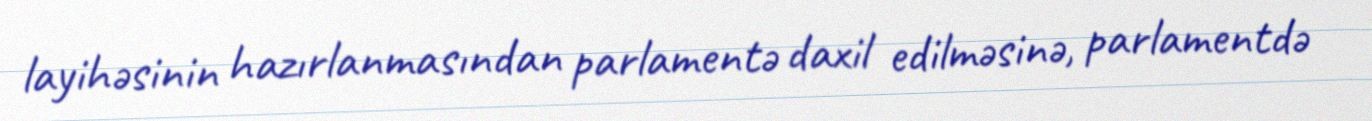
layihəsinin hazırlanmasından parlamentə daxil edilməsinə, parlamentdə